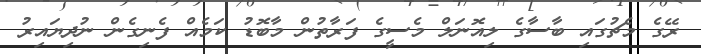
ރޭގެ މެޗުގައި ބާސާގެ ލިއޮނަލް މެސީގެ ފަރާތުން މާބޮޑު ކަމެއް ފެނިގެން ނުދިޔައިރު